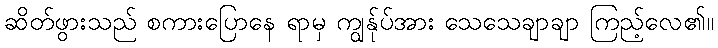
ဆိတ်ဖွားသည် စကားပြောနေ ရာမှ ကျွန်ုပ်အား သေသေချာချာ ကြည့်လေ၏။